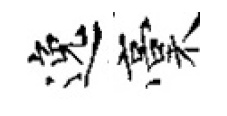
逸稾